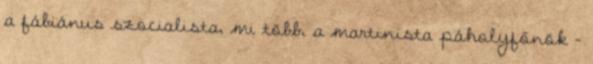
a fábiánus szocialista, mi több, a martinista páholyfőnök –